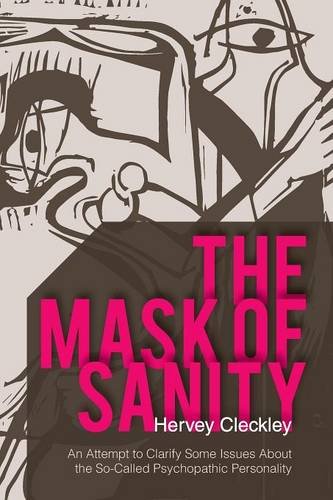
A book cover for The Mask of Sanity: An Attempt to Clarify Some Issues about the So-Called Psychopathic Personality; Hervey Cleckley; Health, Fitness & Dieting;